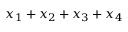
x _ { 1 } + x _ { 2 } + x _ { 3 } + x _ { 4 }